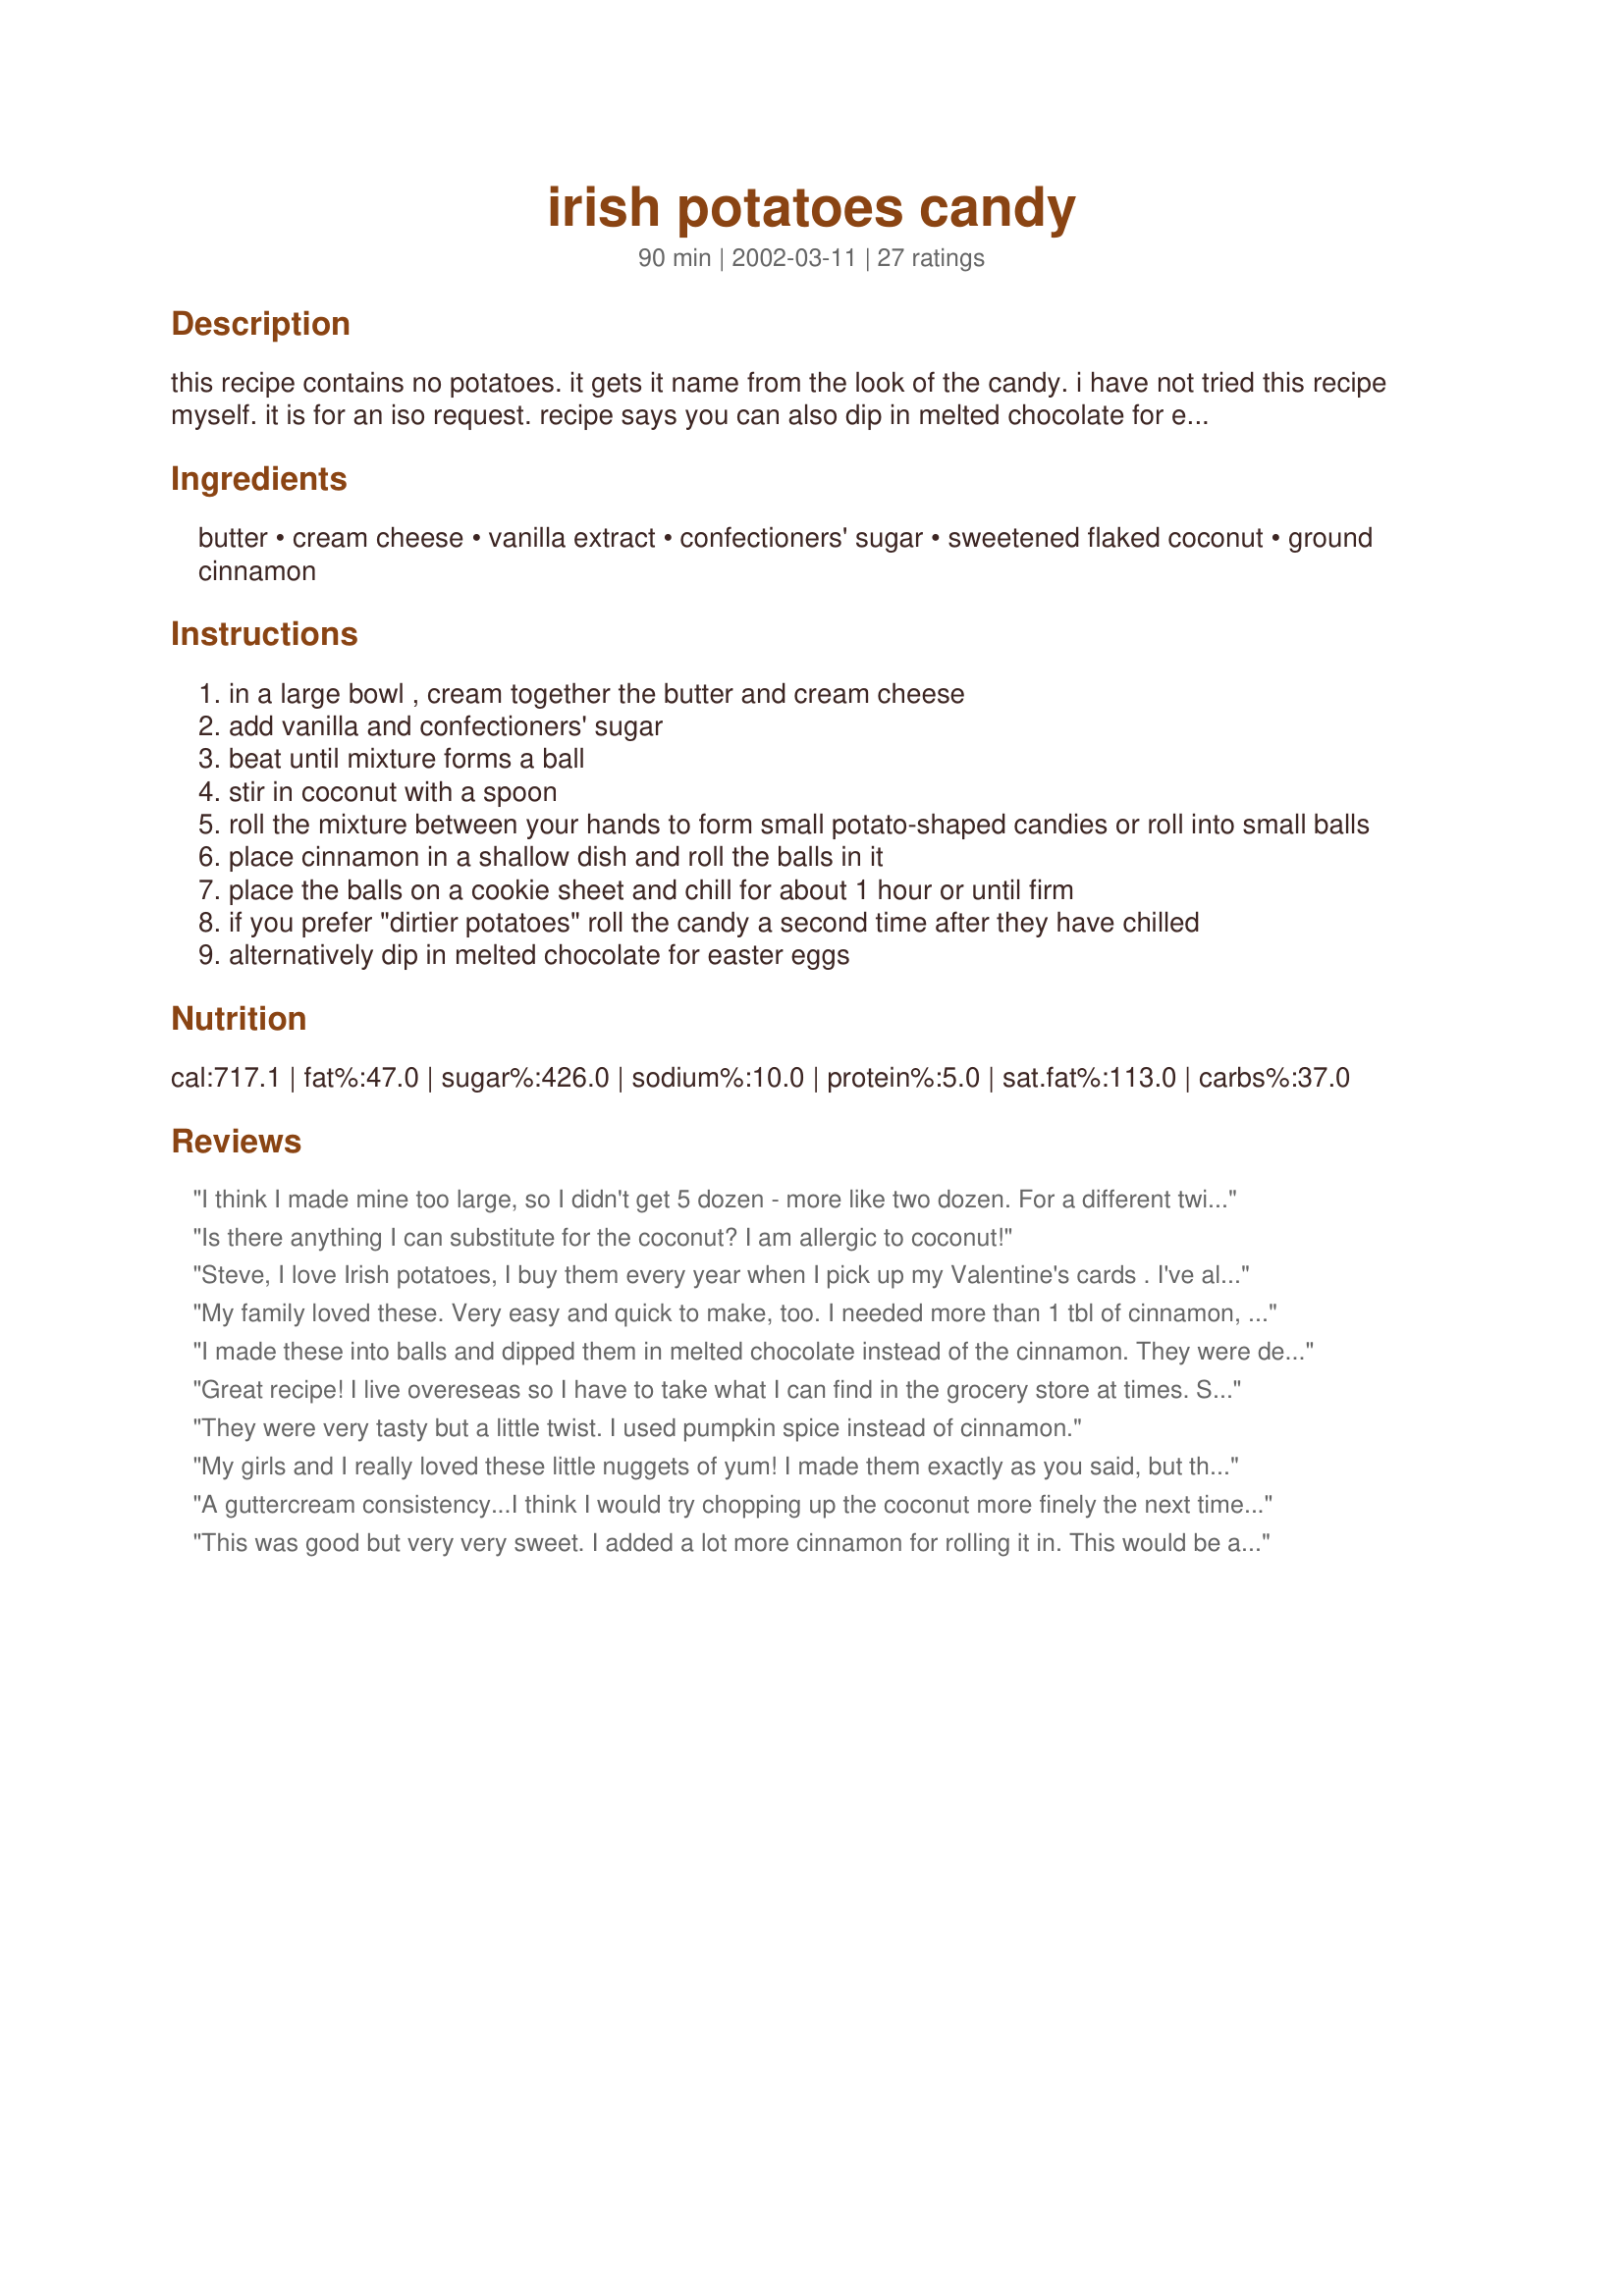
irish potatoes candy
Preparation time: 90 minutes

this recipe contains no potatoes. it gets it name from the look of the candy. i have not tried this recipe myself. it is for an iso request. recipe says you can also dip in melted chocolate for easter eggs.

Ingredients:
butter, cream cheese, vanilla extract, confectioners' sugar, sweetened flaked coconut, ground cinnamon

Steps:
in a large bowl , cream together the butter and cream cheese
add vanilla and confectioners' sugar
beat until mixture forms a ball
stir in coconut with a spoon
roll the mixture between your hands to form small potato-shaped candies or roll into small balls
place cinnamon in a shallow dish and roll the balls in it
place the balls on a cookie sheet and chill for about 1 hour or until firm
if you prefer "dirtier potatoes" roll the candy a second time after they have chilled
alternatively dip in melted chocolate for easter eggs

Reviews:
I think I made mine too large, so I didn't get 5 dozen - more like two dozen.
For a different twist, I rolled them in a mixture of cinnamon, cocoa and ancho chili powder. The bit of heat really adds to the sweet.
Is there anything I can substitute for the coconut? I am allergic to coconut!
Steve, I love Irish potatoes, I buy them every year when I pick up my Valentine's cards . I've always wanted to make them and I did last night. They tasted exactly like the ones at the store but they were fresher. My husband took them to work today and he just called and said everyone loves them. Thanks for posting. I'm off to make another batch!:)
My family loved these. Very easy and quick to make, too. I needed more than 1 tbl of cinnamon, but other than that, followed exact. Thanks!
I made these into balls and dipped them in melted chocolate instead of the cinnamon. They were delicious. Just a little tip: When you melt chocolate wafers for dipping, add about 1/2 tsp. of solid shortening (Crisco, etc.). It makes the chocolate a little thinner.
Great recipe! I live overeseas so I have to take what I can find in the grocery store at times. So I could only get reduced fat tub cream cheese, but they still turned out fine! The rolling process was a little sticky/difficult but they've hardened up in the fridge quite nicely. Really delicious - same results as others a few others regarding quantity. My batch turned out to be about 3 dozen or so, but since I had problems rolling them mine were fairly large. I've loved these ever since I was a little girl and my boyfriend wants me to make them all the time now. Thanks!
They were very tasty but a little twist. I used pumpkin spice instead of cinnamon.
My girls and I really loved these little nuggets of yum! I made them exactly as you said, but then rolled some in melted chocolate chips after rolling in cinnamon. Also rolled some only in the chocolate. All were delectable, but I was personally partial to the cinnamon and chocolate rolled treats. These will be a St. Patrick's Day tradition in our house for years to come. Thank you!
A guttercream consistency...I think I would try chopping up the coconut more finely the next time I make this (personal taste)- also the yield was closer to 4 dozen (and I was making them small).
This was good but very very sweet. I added a lot more cinnamon for rolling it in. This would be a really neat recipe to make with young children.
Is the dozen a bakers dozen like 13 or a normal dozen of 12.
I have made these every year for at least 10 years and they are one of the biggest hits on St Pat's day.
I am not even aloud to "think" about not making them! And they are so cute! Look just like little russet potatoes! I however do not add coconut. Tried the first year and it wasn't as good as in successful years without! Its easy to make them to big so be careful they look best the smaller they are!
I love this recipe, it is religious!
These came out adorable. I'm bringing them to work tomorrow to celebrate St. Patrick's Day and I'm sure they will be well received. The cinnamon not only makes them look like potatoes, it tastes good too! I made a half recipe and got 65 little potatoes. Edit: My 2nd grade students absolutely loved these! They all gave them 5*s.
Made a double batch of this--very sweet but I LOVE sweet irish potatoes so this recipe gets an A++.
I just finished making these. I doubled the recipe and ended up with 56 candies, a heaping tablespoon each. They taste awesome but next time I think I'll run my flaked coconut through the food processor before adding it for a smoother texture because I'm weird like that ;)
Those who tasted these Philadelphia Irish Potatoes loved them...They have provided the 5 Stars. My first batch was a bit loose. I found out why. Instead of using four oz. of Philadelphia Brand Cream Cheese, I put the whole eight oz. pkg. in...oops. I was determined to have this recipe succeed, so I made another batch that met the correct ingredients. Rave reviews!!! Another thing I innovated with was the way I added cinnamon to the little balls. I put the cinnamon (More like a few Tbs. ) into my glass measuring pitcher. I rolled he balls around by motioning the pitcher in a fast, circular direction. I had fun with that maneuver and it evenly coated the potatoes. One other thing....I used almond flavoring instead of vanilla. So ono. Lynne Llewellyn, WV
While the end result was incredibly tasty and very cute, I can't help but scratch my head over the measurements of these ingredients. 7 ounces is actually just less than 1 cup (I'm Canadian... I can't measure in ounces, so I get Google to translate into cups). By then I had already put 16 ounces (2 cups) of icing sugar into my recipe and didn't know if I should had 2.5 cups, or 7 ounces (just under 1 cup). So I added 7 ounces, and the end result was too soft to roll into balls. I'm guessing I should have added 2.5 cups of coconut, which means about 5 cups of icing sugar? Anyways, I was confused so I just put the stuff in the fridge, let it harden, and then tackled the rolling into potato shapes after that. Still tasted delicious :)
Love this easy recipe. I make them every year, not only for my family,but also for the guys at my husband's job. They start asking about them right after the holidays and my Christmas cookies!! Just want to add that my 7, 9 &amp; 12 year olds have been making them with me since they were toddlers, so this recipe is literally easy enough for a child to make!! I also double, sometimes even triple the recipe depending usually on how many guys are on my husband's job &amp; I always need to use more cinnamon than called for.
oh so yummy! They tasted amazing! Thanks so much for the recipe!
very tasty! they're basically like blobs of set-up cream cheese frosting... i did half with coconut and half without, and i liked the ones without better (though i normally love coconut, i didn't like the texture as much) ...also, little kids might think they look like potatoes, but my friends made poop jokes about them! (but they did all like them once they tried them)
I can't believe that I forgot to rate these! Made these sometime back but they are Very Good! Sweet and I definitely could only eat a few of them as they are rich! I rolled some in chocolate cocoa and some in cinnamon. I think everyone liked the cinnamon best if my memory serves me right. They definitely have to stay refrigerated and they do remind me of potatoes (mini versions) would go great as an appetizer with a movie party watching the Faith Like Potatoes Movie :) Thanks again for the cool recipe. I bet you could add some flavored extracts to this and not roll them in cinnamon and come up with some cool flavor creations. Maybe roll in cocoa and use orange extract or coconut extract with an almond inserted in the center :) yum may have to tinker some with that.
Easy enough. However There is no directions as to what size to make them. I make a double batch, maybe got 5 dozen, probably a bit less. I&#039;d maybe suggest teaspoon size if you want 5 dozen. If not, whatever size feels right for you. :)
Sounds yummie! Going to try this one soon...Thanks
We really liked these. I made a different mix to dip them in 1/4 cup cinnamon, 1/4 cup powdered sugar just scant 1/2 cup cocoa- sifted. I was using chopped walnuts for the 'eyes' and then decided I really liked the walnuts mixed in so we went with that. They were great each way. Next time i will try dipping then in milk or dark chocolate.
I was a bit skeptical at first, but these turned out so cute and tasty! I did use more cinnamon than stated, and pouring some cinnamon in a plastic bag and shaking a few "potatoes" at a time worked a lot faster and less messy than rolling. Next year when my little girl is a bit older I'll have her help me...perfect for kids to do!

Thanks so much for the recipe...everyone was in love with them.
I&#039;ve been making these for well over 30 years. I only make them for Saint Paddy&#039;s Day so they are always a long awaited treat. I tint the cream cheese green and sometimes rool them in a mixture of cinnamon and a little chocolate powder. Also one or two drops of peppermint or butter flavoring is awesome. Fun to experiment with the flavors.
